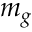
m _ { g }